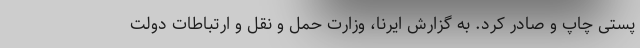
پستی چاپ و صادر کرد. به گزارش ایرنا، وزارت حمل و نقل و ارتباطات دولت